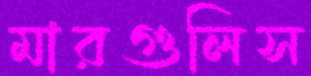
মারগুলিস